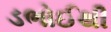
ડભોઈથી